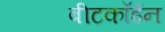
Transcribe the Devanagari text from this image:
बीटकॉईन